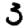
Digit: 3